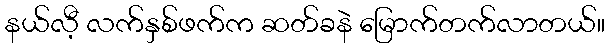
နယ်လီ့ လက်နှစ်ဖက်က ဆတ်ခနဲ မြောက်တက်လာတယ်။